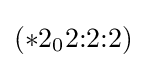
(*2_{0}2{:}2{:}2)